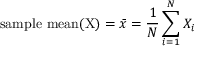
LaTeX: { \mathrm { s a m p l e ~ m e a n ( X ) } } = { \bar { x } } = { \frac { 1 } { N } } \sum _ { i = 1 } ^ { N } X _ { i }